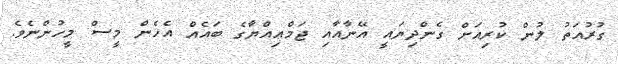
ގުރުއަތު ލުން ކުރިއަށް ގެންދިޔައީ އޭނާއާއި ޖަމްޢިއްޔާގެ ބައެއް އެހެން މީސް މީހުންނެވެ.